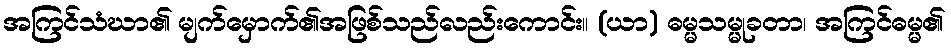
အကြင်သံဃာ၏ မျက်မှောက်၏အဖြစ်သည်လည်းကောင်း။ (ယာ) ဓမ္မသမ္မုခတာ၊ အကြင်ဓမ္မ၏